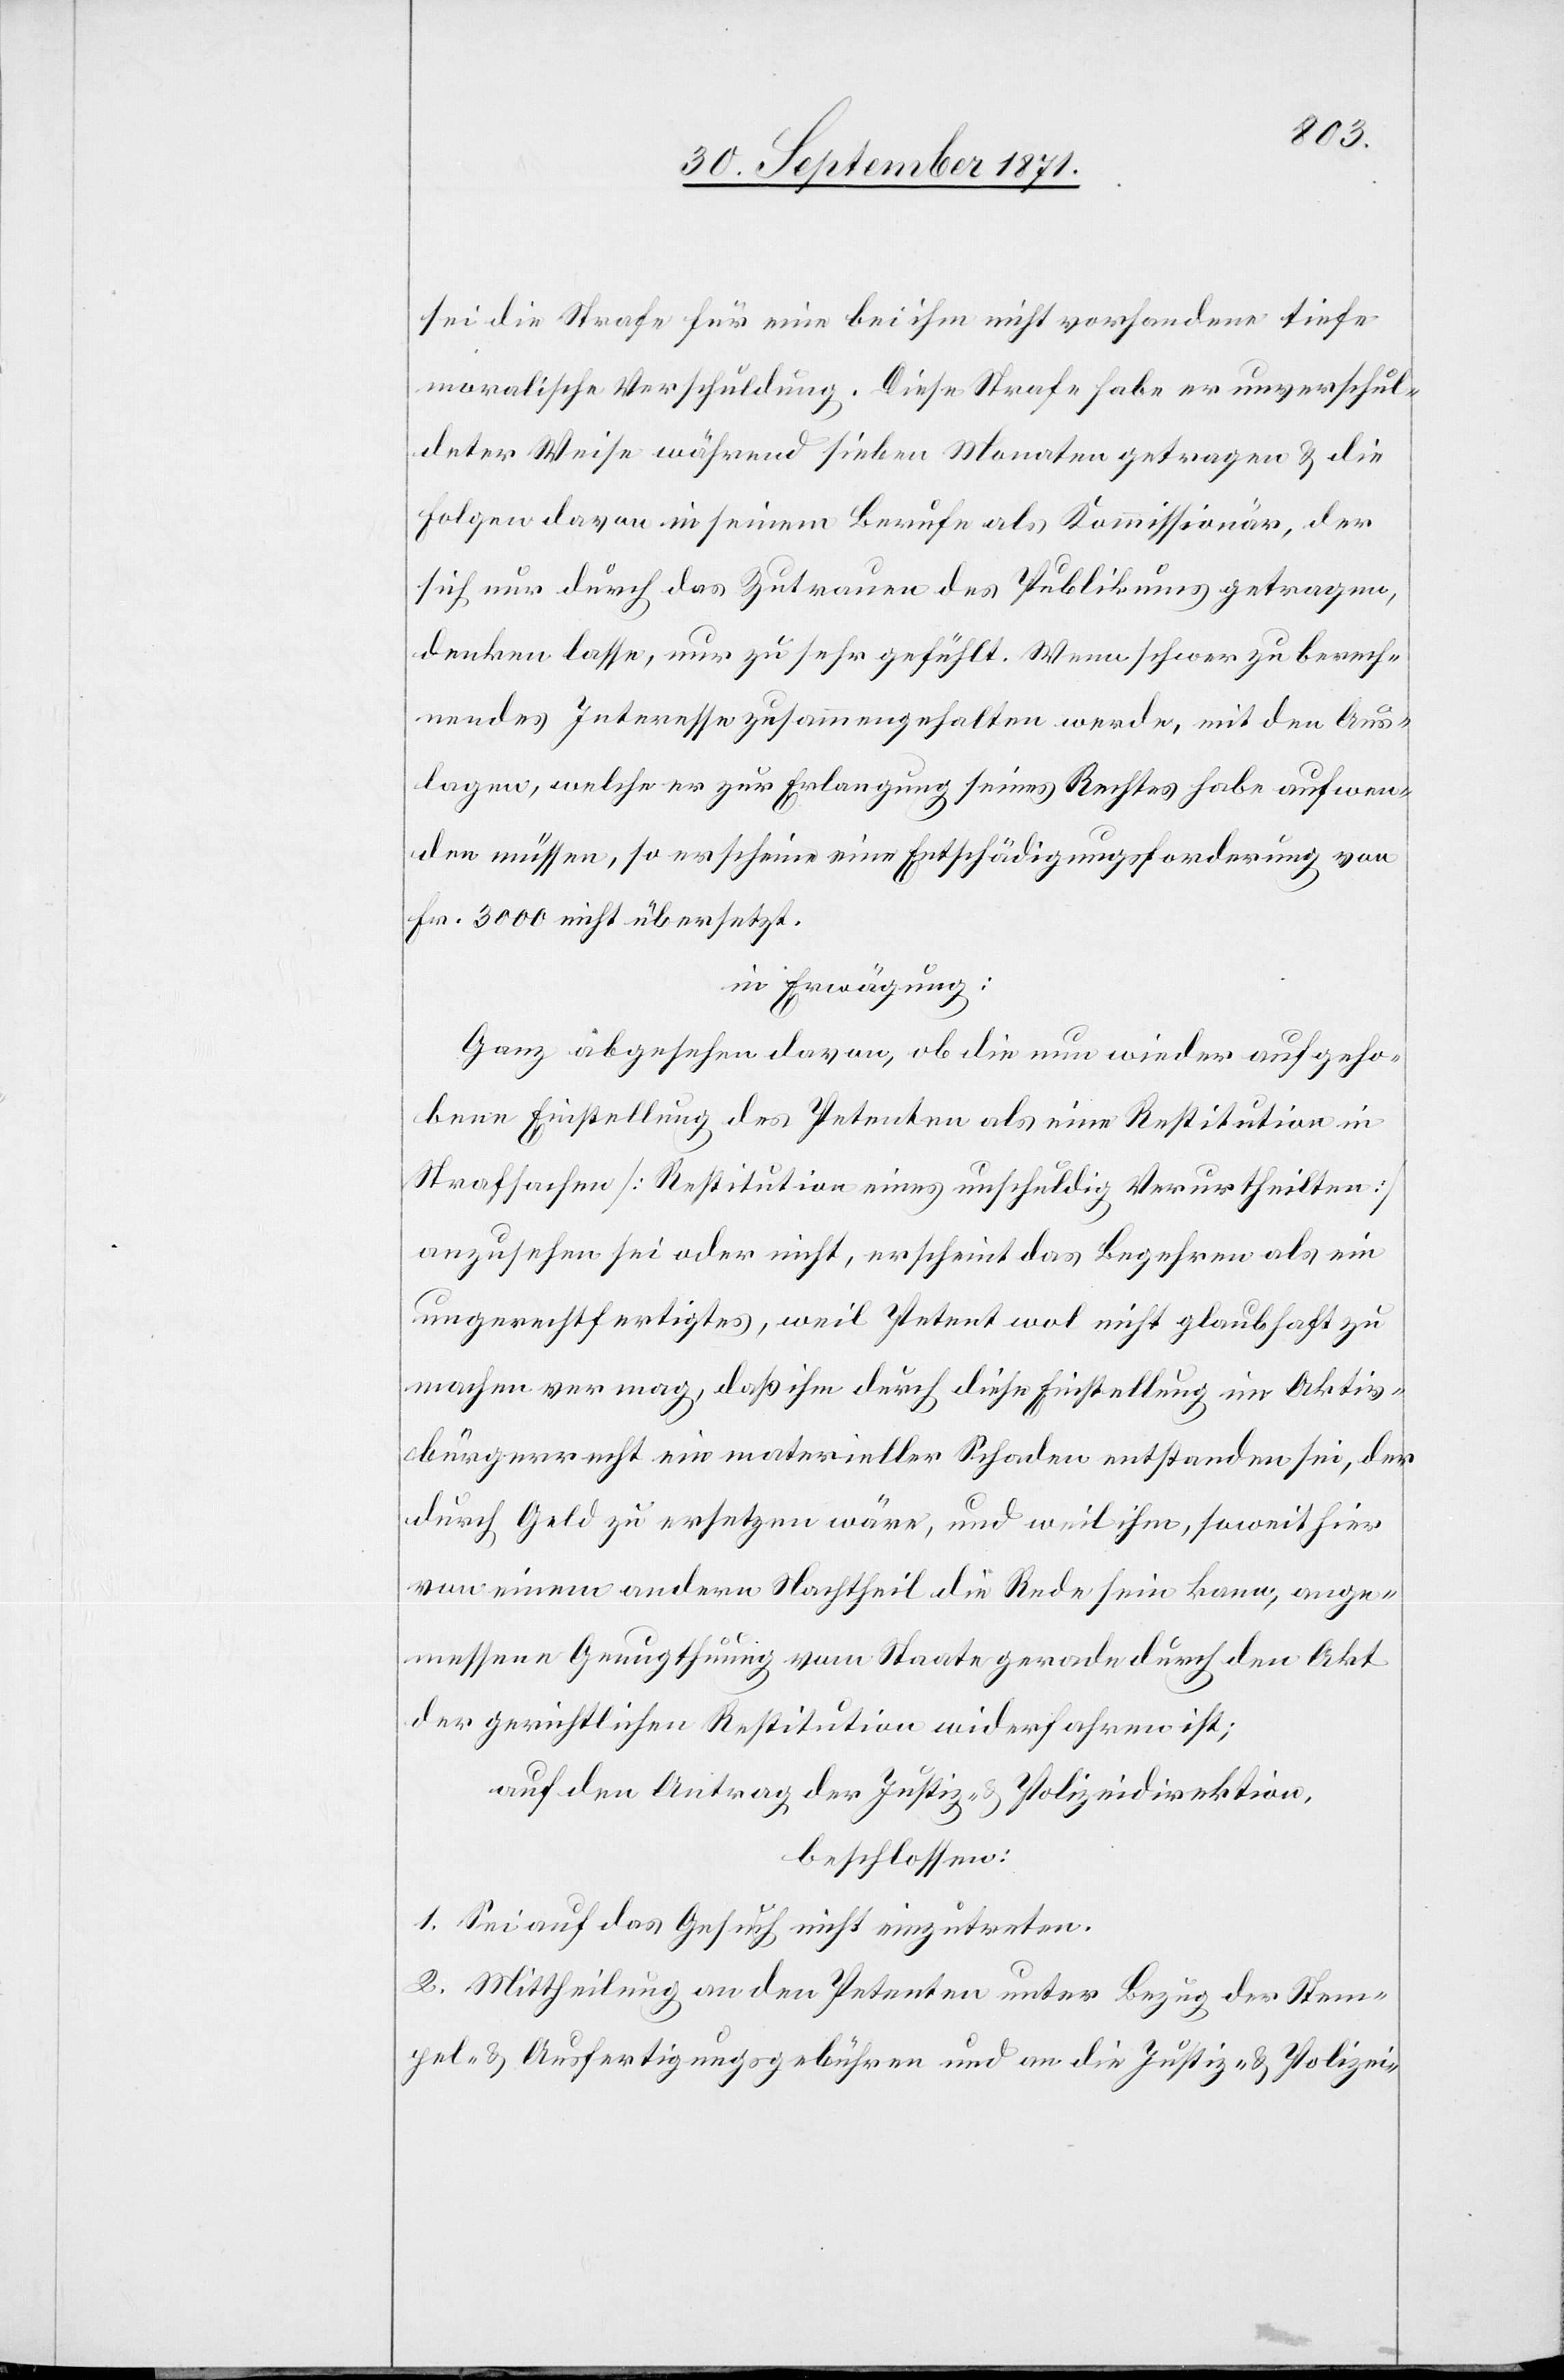
sei die Strafe für eine bei ihm nicht vorhandene tiefe
moralische Verschuldung. Diese Strafe habe er unverschul¬
deter Weise während sieben Monaten getragen & die
Folgen davon in seinem Berufe als Kommissionär, der
sich nur durch das Zutrauen des Publikums getragen,
denken lassen, nur zu sehr gefühlt. Wenn schwer zu berech¬
nendes Interesse zusammengehalten werde, mit den Aus¬
lagen, welche er zur Erlangung seines Rechtes habe aufwen¬
den müssen, so erscheine eine Entschädigungsforderung von
Fr. 3000 nicht übersetzt.
in Erwägung:
Ganz abgesehen davon, ob die nun wieder aufgeho¬
bene Einstellung des Petenten als eine Restitution in
Strafsachen [Restitution eines unschuldig Verurtheilten]
anzusehen sei oder nicht, erscheint das Begehren als ein
ungerechtfertigtes, weil Petent wol nicht glaubhaft zu
machen vermag, daß ihm durch diese Einstellung im Aktiv¬
bürgerrecht ein materieller Schaden entstanden sei, der
durch Geld zu ersetzen wäre, und weil ihm, soweit hier
von einem andern Nachtheil die Rede sein kann, ange¬
messene Genugthuung vom Staate gerade durch den Akt
der gerichtlichen Restitution widerfahren ist;
auf den Antrag der Justiz- & Polizeidirektion,
beschlossen:
1. Sei auf das Gesuch nicht einzutreten.
2. Mittheilung an den Petenten unter Bezug der Stem¬
pel- & Ausfertigungsgebühren und an die Justiz- & Polizei-